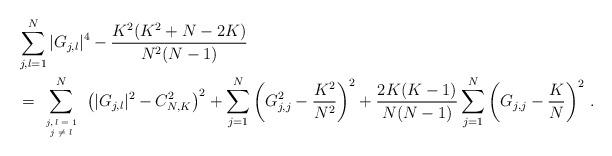
LaTeX: \begin{align*}&\sum\limits_{j,l=1}^N |G_{j,l}|^{4} - \frac{K^2(K^2 + N -2K)}{N^2(N-1)}\\&=\tiny{\sum\limits_{\begin{array}{cc}j, l =1 \\j \neq l\end{array}}^N}\left(|G_{j,l}|^2 - C_{N,K}^2\right)^2+\sum\limits_{j=1}^N\left(G_{j,j}^2 - \frac{K^2}{N^2}\right)^2+\frac{2K(K-1)}{N(N-1)}\sum\limits_{j=1}^N\left(G_{j,j} - \frac{K}{N}\right)^2 \, .\end{align*}